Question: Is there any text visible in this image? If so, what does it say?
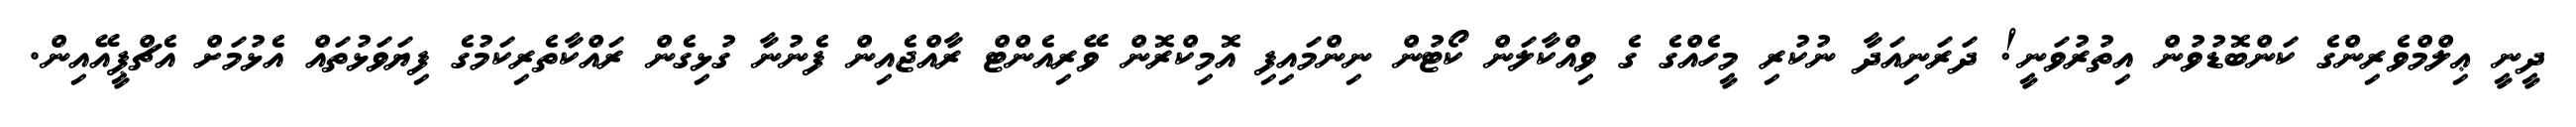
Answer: ދީނީ ޢިލްމްވެރިންގެ ކަންބޮޑުވުން އިތުރުވަނީ! ދަރަނިއަދާ ނުކުރި މީހެއްގެ ގެ ވިއްކާލަން ކޯޓުން ނިންމައިފި އޮމިކްރޮން ވޭރިއެންޓް ރާއްޖެއިން ފެނުނާ ގުޅިގެން ރައްކާތެރިކަމުގެ ފިޔަވަޅުތައް އެޅުމަށް އެޗްޕީއޭއިން.